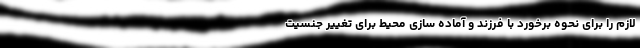
لازم را برای نحوه برخورد با فرزند و آماده سازی محیط برای تغییر جنسیت